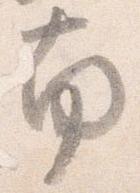
南